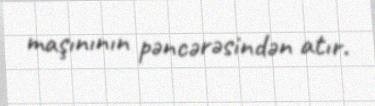
maşınının pəncərəsindən atır.